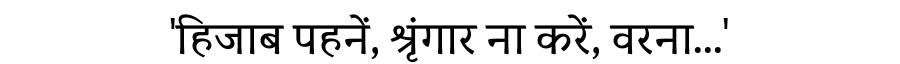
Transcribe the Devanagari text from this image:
'हिजाब पहनें, श्रृंगार ना करें, वरना...'